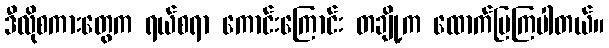
ဒီလိုစကားတွေက ရယ်စရာ ကောင်းကြောင်း တချို့က ထောက်ပြကြပါတယ်။